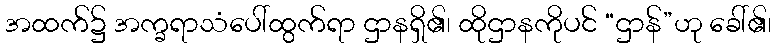
အထက်၌ အက္ခရာသံပေါ်ထွက်ရာ ဌာနရှိ၏၊ ထိုဌာနကိုပင် “ဌာန်”ဟု ခေါ်၏၊